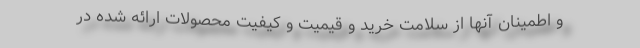
و اطمینان آنها از سلامت خرید و قیمیت و کیفیت محصولات ارائه شده در